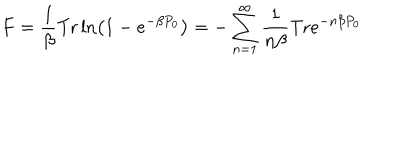
F = \frac { 1 } { \beta } \mathrm { T r } \ln \left( 1 - e ^ { - \beta P _ { 0 } } \right) = - \sum _ { n = 1 } ^ { \infty } \frac { 1 } { n \beta } \mathrm { T r } e ^ { - n \beta P _ { 0 } }